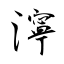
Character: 濘